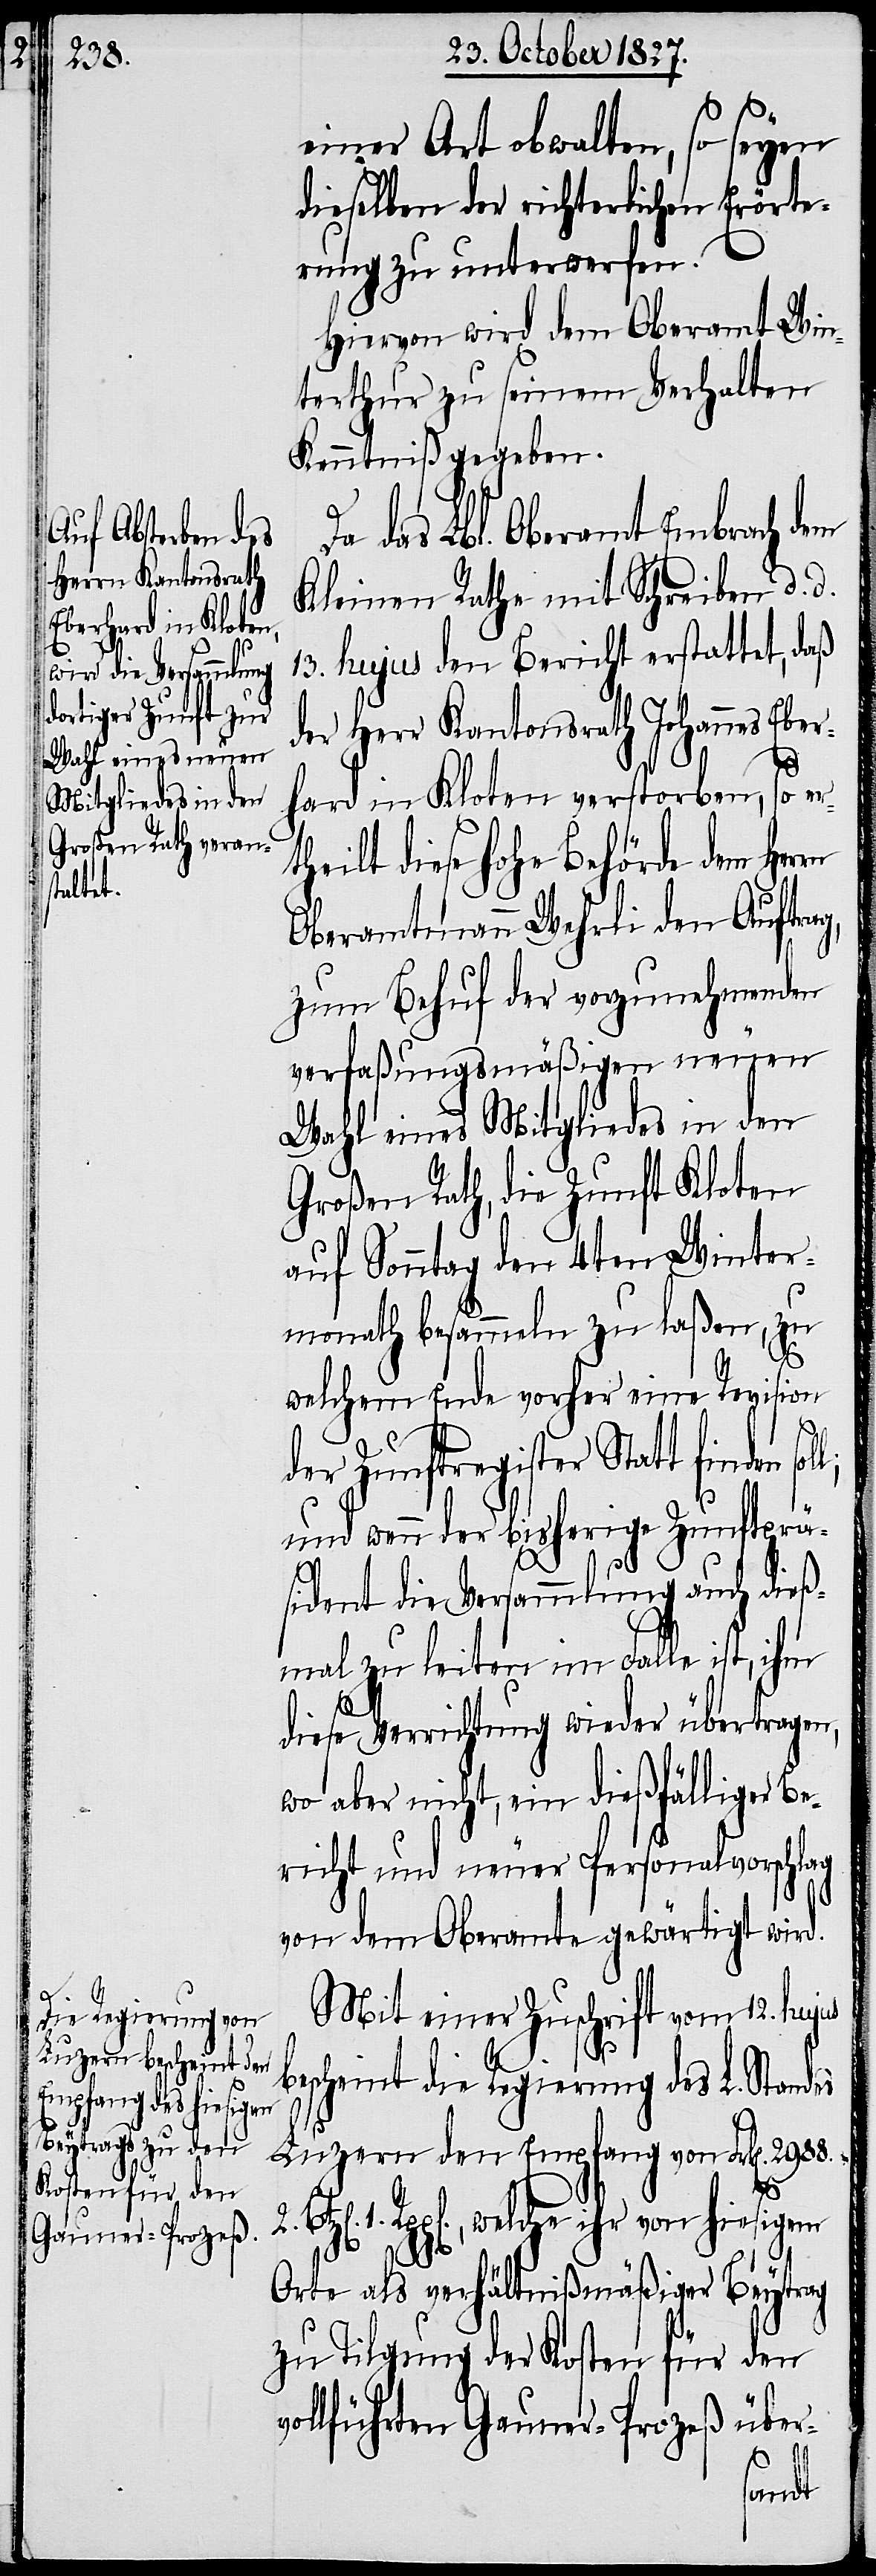
einer Art obwalten, so seyen
dieselben der richterlichen Erörte¬
rung zu unterwerfen.
Hiervon wird dem Oberamt Win¬
terthur zu seinem Verhalten
Kenntniß gegeben.
das Lbl. Oberamt Embrach dem
Kleinen Rathe mit Schreiben d. d.
13. hujus den Bericht erstattet, daß
der Herr Kantonsrath Johannes Eber¬
hard in Kloten verstorben, so er¬
theilt diese hohe Behörde dem Her¬
Oberamtmann Wehrli den Auftrag,
zum Behuf der vorzunehmenden
verfaßungsmäßigen neuen
Wahl eines Mitgliedes in den
Großen Rath, die Zunft Kloten
auf Sonntag den 4ten Winter¬
monath besammeln zu laßen, zu
welchem Ende vorher eine Revision
der Zunftregister Statt finden
und wenn der bisherige Zunftprä¬
sident die Versammlung auch dieß¬
mal zu leiten im Falle ist, ihm
diese Verrichtung wieder übertragen,
wo aber nicht, ein dießfälliger Be¬
richt und neuer Personalvorschlag
von dem Oberamte gewärtigt wird.
Mit einer Zuschrift vom 12. hujus
bescheint die Regierung des L. Standes
Luzern den Empfang von Frk[en]. 2988.
2.
1. Rpp[en]., welche ihr von hiesigem
Orte als verhältnißmäßiger Beytrag
zu Tilgung der Kosten für den
vollführten Gauner-Prozeß über-